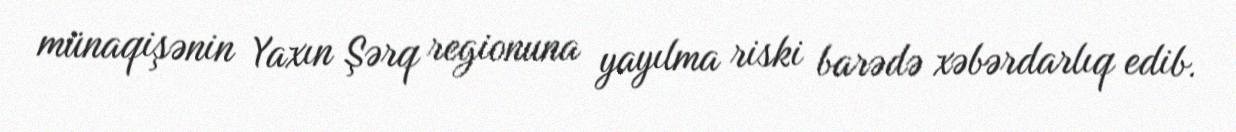
münaqişənin Yaxın Şərq regionuna yayılma riski barədə xəbərdarlıq edib.